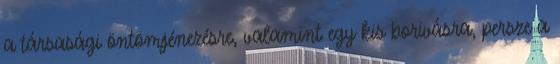
a tár­sasági öntömjénezésre, valamint egy kis bori­vás­ra, persze a